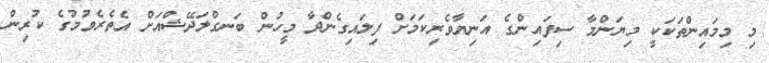
މި މިމައިންތަކަކީ މިޔަންމާ ސިފައިންގެ އަނިޔާވެރިކަމަށް ފިލައިގެންދާ މީހުން ބަނގްލަދޭޝްއަށް އެތެރެވުމުގެ ކުރިން